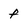
Character: f